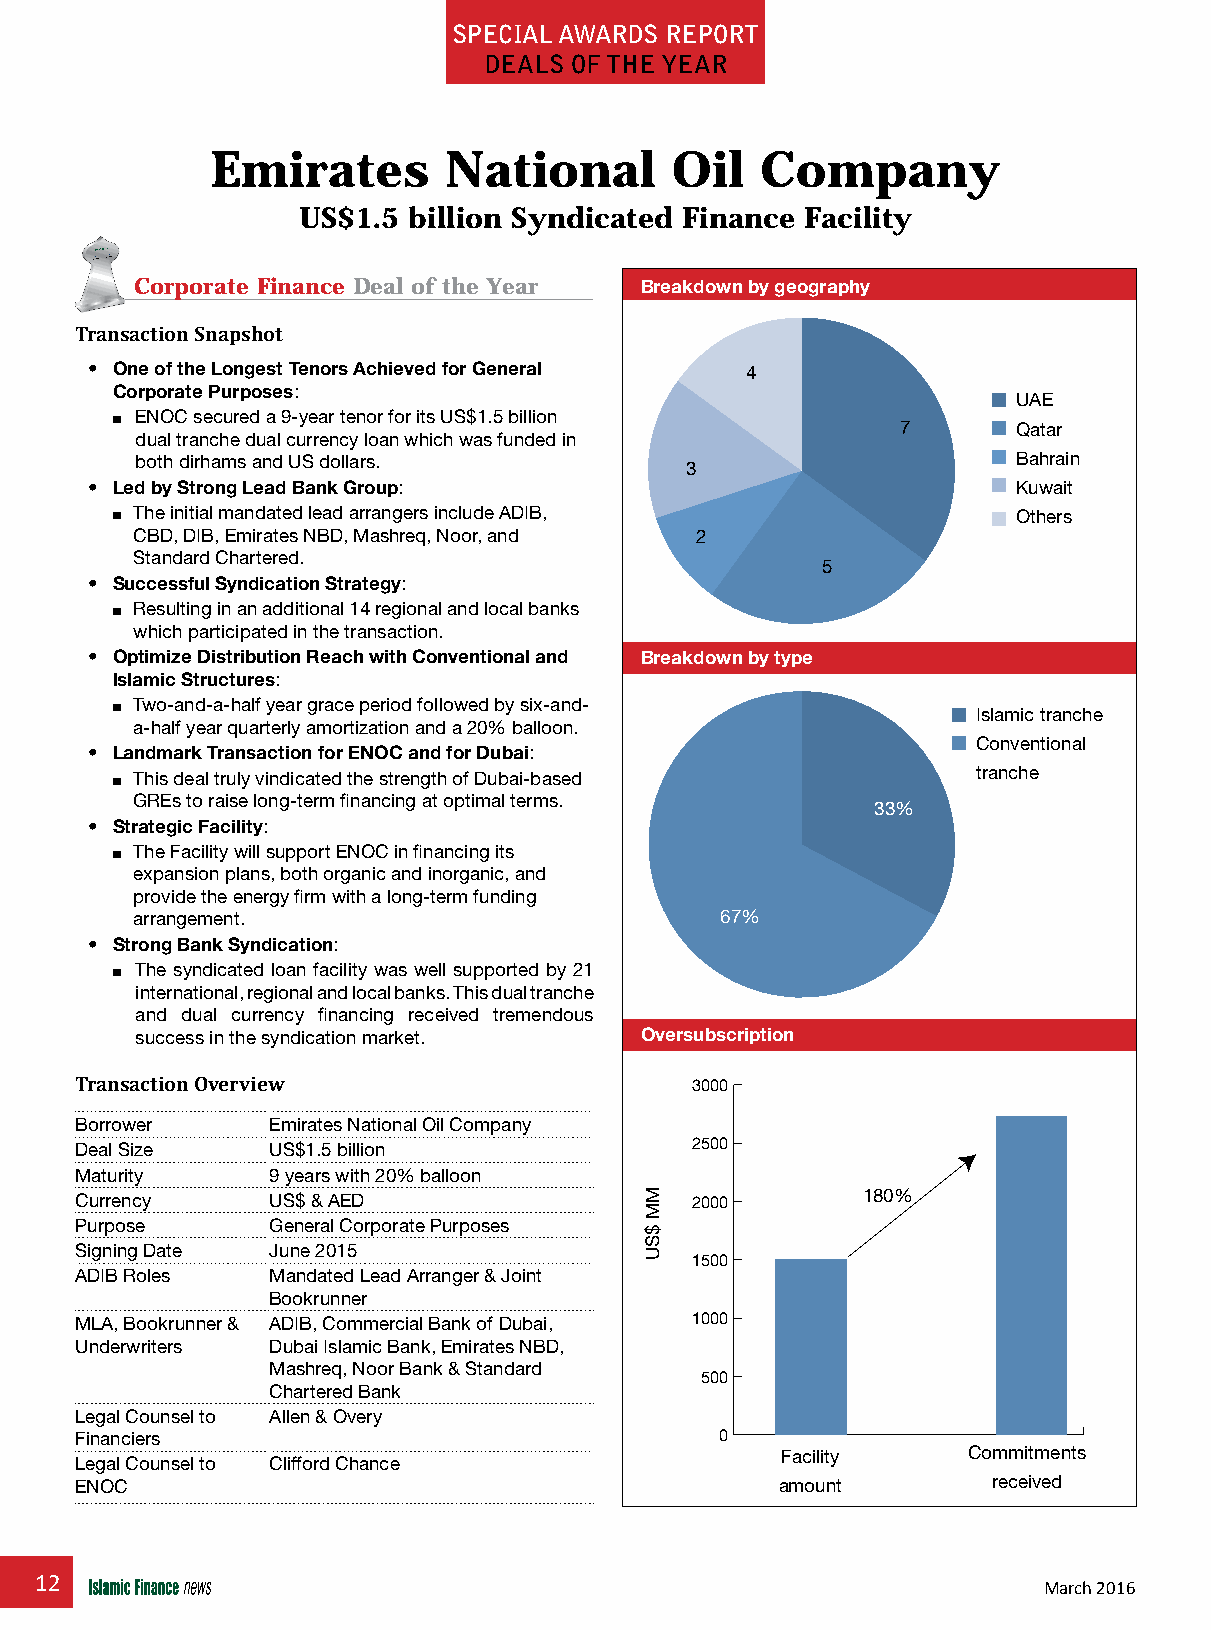
special awards repOrT
 deals OF THe Year
 Emirates       National       Oil   Company
 US$1.5 billion Syndicated Finance Facility
 Corporate Finance Deal of the Year Breakdown by geography
 Transaction Snapshot
 • One of the Longest Tenors Achieved for General 4
 Corporate Purposes:
 UAE
 n ENOC secured a 9-year tenor for its US$1.5 billion 7      Qatar
 dual tranche dual currency loan which was funded in
 both dirhams and US dollars.                              Bahrain
 3
 • Led by Strong Lead Bank Group:                             Kuwait
 n The initial mandated lead arrangers include ADIB,         Others
 CBD, DIB, Emirates NBD, Mashreq, Noor, and 2
 Standard Chartered.
 5
 • Successful Syndication Strategy:
 n Resulting in an additional 14 regional and local banks
 which participated in the transaction.
 • Optimize Distribution Reach with Conventional and Breakdown by type
 Islamic Structures:
 n Two-and-a-half year grace period followed by six-and-   Islamic tranche
 a-half year quarterly amortization and a 20% balloon.
 Conventional
 • Landmark Transaction for ENOC and for Dubai:
 n This deal truly vindicated the strength of Dubai-based  tranche
 GREs to raise long-term financing at optimal terms.
 33%
 • Strategic Facility:
 n The Facility will support ENOC in financing its
 expansion plans, both organic and inorganic, and
 provide the energy firm with a long-term funding
 arrangement.                           67%
 • Strong Bank Syndication:
 n The syndicated loan facility was well supported by 21
 international, regional and local banks. This dual tranche
 and dual currency financing received tremendous
 success in the syndication market. Oversubscription
 Transaction Overview                     3000
 Borrower     Emirates National Oil Company
 Deal Size    US$1.5 billion              2500
 Maturity     9 years with 20% balloon
 Currency     US$ & AED                   2000       180%
 Purpose      General Corporate Purposes
 Signing Date June 2015
 1500
 ADIB Roles   Mandated Lead Arranger & Joint
 Bookrunner
 MLA, Bookrunner & ADIB, Commercial Bank of Dubai, 1000
 Underwriters Dubai Islamic Bank, Emirates NBD,
 Mashreq, Noor Bank & Standard
 500
 Chartered Bank
 Legal Counsel to Allen & Overy
 Financiers                                 0
 Facility    Commitments
 Legal Counsel to Clifford Chance
 ENOC                                           amount        received
 12
 March 2016
 MM
 $SU